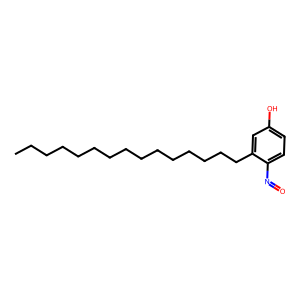
SMILES: CCCCCCCCCCCCCCCc1cc(O)ccc1N=O
Inhibits HIV replication: No